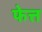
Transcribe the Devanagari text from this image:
फेत्त